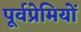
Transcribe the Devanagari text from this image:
पूर्वप्रेमियों